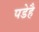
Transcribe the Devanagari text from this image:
पडेहै